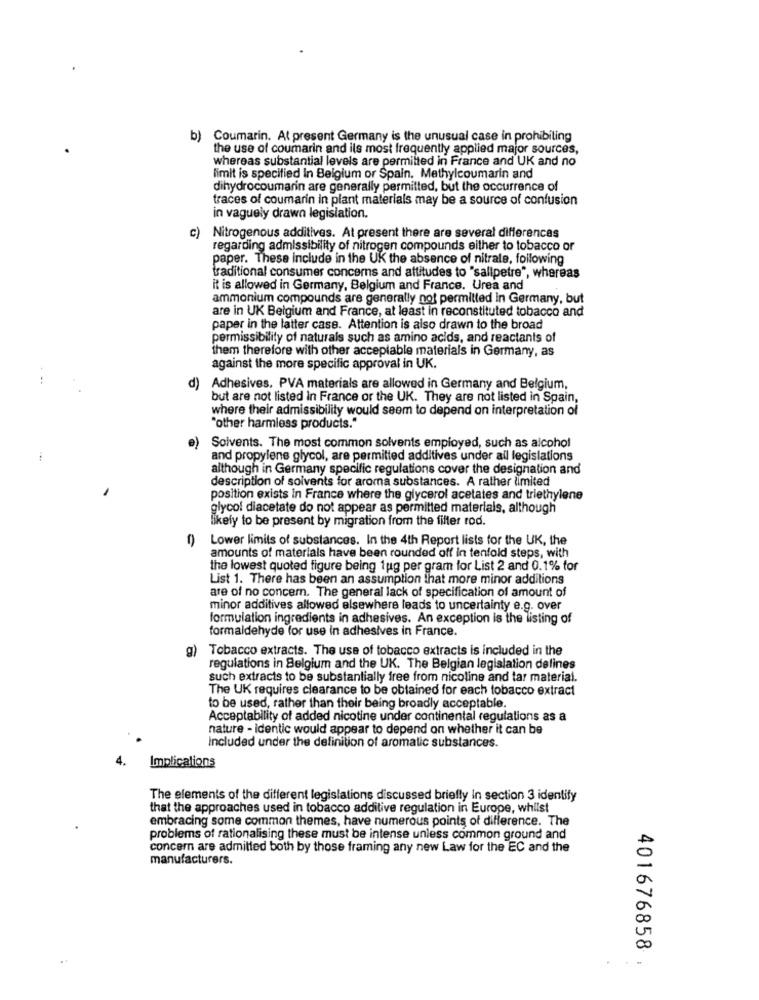
Coumarin. At present Germany is the unusual case in prohibiting
the use of coumarin and ils most frequently applied major sources,
whereas substantial levels are permilted in France and UK and no
limit is specified In Belgium or Spain. Methylcoumarin and
dihydrocoumarin are generally permitted, but the occurrence of
traces of coumarin in plant materials may be a source of confusion
in vaguely drawn legislation.
c) Nitrogenous additives. At present there are several differences
regarding admissibility of nitrogen compounds either to tobacco or
paper. These include in the UK the absence of nitrale, following
traditional consumer concerns and attitudes to "sallpetre", whereas
it is allowed in Germany, Belgium and France. Urea and
ammonium compounds are generally not permitted in Germany, but
are in UK Belgium and France, at least in reconstituted tobacco and
paper in the latter case. Attention is also drawn to the broad
permissibility of naturals such as amino acids, and reactants of
them therefore with other acceptable materials in Germany, as
against the more specific approval in UK.
d)
Adhesives, PVA materials are allowed in Germany and Belgium,
but are not listed in France or the UK. They are not listed in Spain,
where their admissibility would seem to depend on interpretation of
"other harmless products."
e)
Solvents. The most common solvents employed, such as alcohol
and propylene glycol, are permitted additives under all legislations
although in Germany specific regulations cover the designation and
description of solvents for aroma substances. A rather limited
position exists in France where the glycerol acetates and triethylene
glycol diacetate do not appear as permitted materials, although
likely to be present by migration from the filter rod.
() Lower limits of substances. In the 4th Report lists for the UK, the
amounts of materials have been rounded off in tenfold steps, with
the lowest quoted figure being tug per gram for List 2 and 0.1% for
List 1. There has been an assumption that more minor additions
are of no concern. The general lack of specification of amount of
minor additives allowed elsewhere leads to uncertainty e.g. over
formulation ingredients in adhesives. An exception is the listing of
formaldehyde for use in adhesives in France.
g) Tobacco extracts. The use of tobacco extracts is included in the
regulations in Belgium and the UK. The Belgian legislation delines
such extracts to be substantially free from nicoline and tar material.
The UK requires clearance to be obtained for each tobacco extract
to be used, rather than their being broadly acceptable.
Acceptability of added nicotine under continental regulations as a
nature - identic would appear to depend on whether it can be
Included under the definition of aromatic substances.
4.
Implications
The elements of the different legislations discussed briefly In section 3 identify
that the approaches used in tobacco additive regulation in Europe, whilst
embracing some common themes, have numerous points of difference. The
problems of rationalising these must be intense unless common ground and
concern are admitted both by those framing any new Law for the EC and the
manufacturers.
401676858